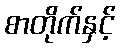
စာတိုက်နှင့်